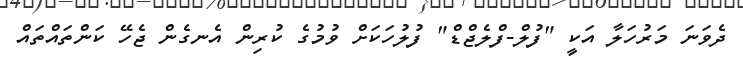
ދެވަނަ މަރުހަލާ އަކީ "ފުލް-ފްލެޖްޑް" ފުލުހަކަށް ވުމުގެ ކުރިން އެނގެން ޖެހޭ ކަންތައްތައް